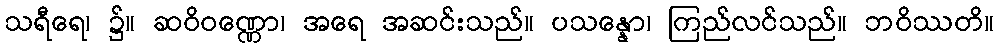
သရီရေ၊ ၌။ ဆဝိဝဏ္ဏော၊ အရေ အဆင်းသည်။ ပသန္နော၊ ကြည်လင်သည်။ ဘဝိဿတိ။